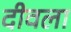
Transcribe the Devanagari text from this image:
दीवला